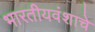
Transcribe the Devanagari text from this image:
भारतीयवंशाचे